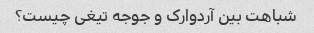
شباهت بین آردوارک و جوجه تیغی چیست؟